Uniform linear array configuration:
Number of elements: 8
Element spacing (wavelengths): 1
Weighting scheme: exponential
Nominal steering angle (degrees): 30
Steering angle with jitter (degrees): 31.847
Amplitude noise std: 0.05
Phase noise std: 0.05

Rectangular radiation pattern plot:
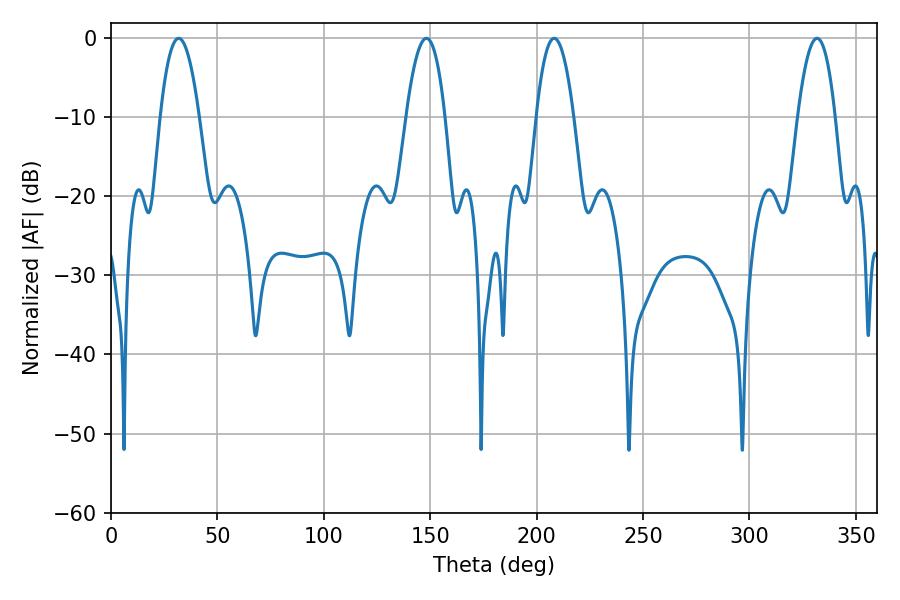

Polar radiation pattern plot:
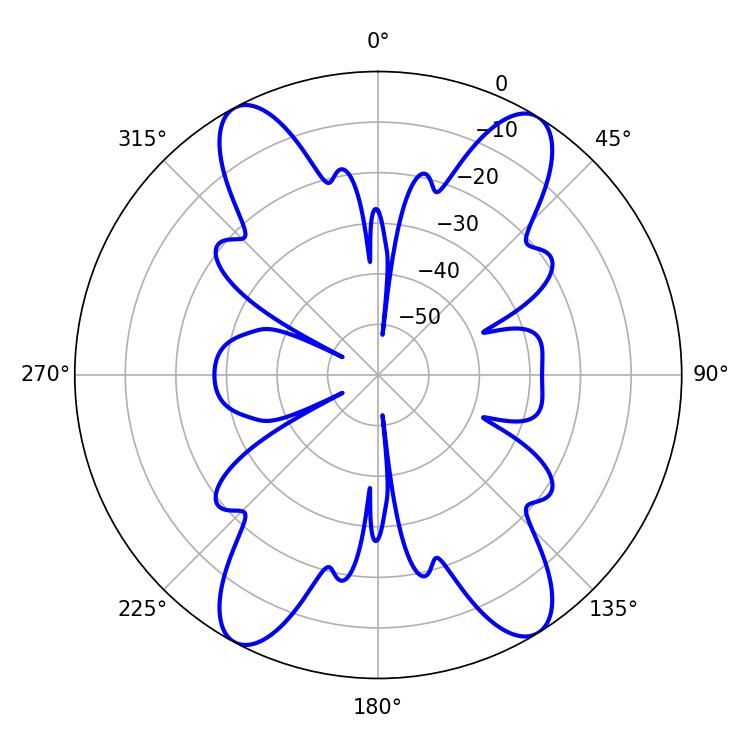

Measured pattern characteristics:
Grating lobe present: TRUE
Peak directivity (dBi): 18.389
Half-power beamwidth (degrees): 9.9
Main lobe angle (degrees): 208.26